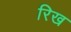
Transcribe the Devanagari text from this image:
रिख